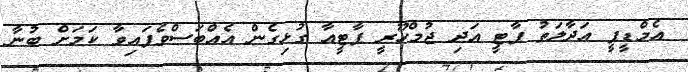
އެމްޑީޕީ އަދާލަތު ޕާޓީ އަދި ޖުމްހޫރީ ޕާޓީއާ ގުޅިގެން އެއްބަސްވެފައިވާ ކަމަށް ބުނާ